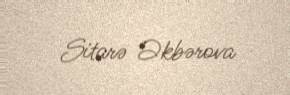
Sitarə Əkbərova